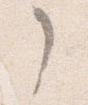
了